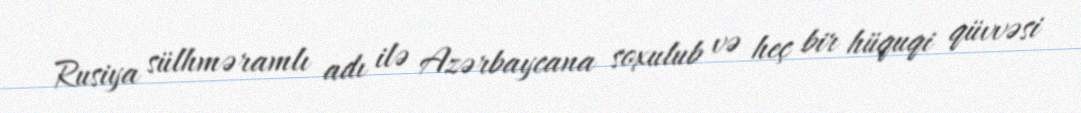
Rusiya sülhməramlı adı ilə Azərbaycana soxulub və heç bir hüquqi qüvvəsi